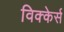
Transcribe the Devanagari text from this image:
विक्केर्स